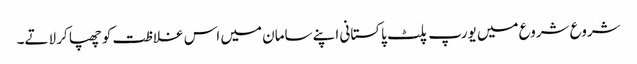
شروع شروع میں یورپ پلٹ پاکستانی اپنے سامان میں اس غلاظت کو چھپا کر لاتے۔